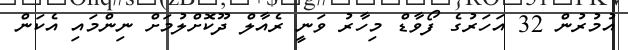
އުމުރުން 32 އަހަރުގެ ފޯވާޑް މިހާރު ވަނީ ރެއާލް ދޫކޮށްލުމަށް ނިންމައި އެކަން